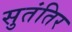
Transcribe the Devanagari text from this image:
सुतंतिर